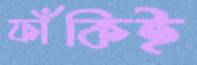
ফাঁকিই